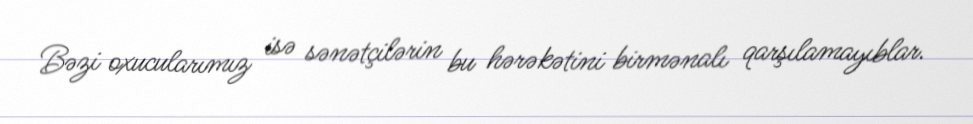
Bəzi oxucularımız isə sənətçilərin bu hərəkətini birmənalı qarşılamayıblar.